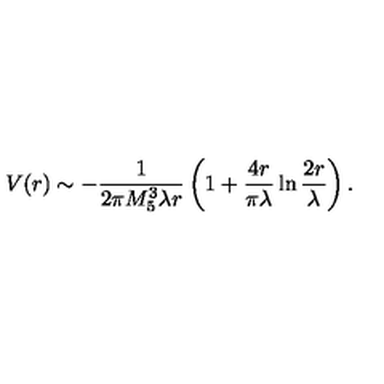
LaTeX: V ( r ) \sim - \frac { 1 } { 2 \pi M _ { 5 } ^ { 3 } \lambda r } \left( 1 + \frac { 4 r } { \pi \lambda } \ln \frac { 2 r } { \lambda } \right) .